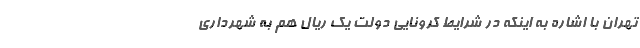
تهران با اشاره به اینکه در شرایط کرونایی دولت یک ریال هم به شهرداری